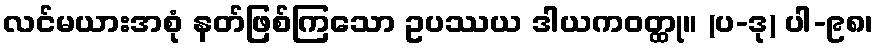
လင်မယားအစုံ နတ်ဖြစ်ကြသော ဥပဿယ ဒါယကဝတ္ထု။ (ပ-ဒု) ပါ-၉၈၊